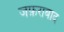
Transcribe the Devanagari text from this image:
जफ़राबाद